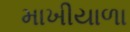
માખીયાળા